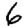
Digit: 6